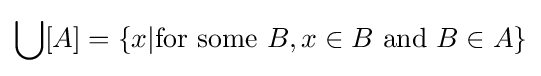
\bigcup [A]=\{x|{\text{for some }}B,x\in B{\text{ and }}B\in A\}